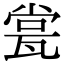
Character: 瓽